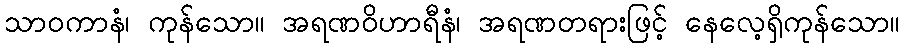
သာဝကာနံ၊ ကုန်သော။ အရဏဝိဟာရီနံ၊ အရဏတရားဖြင့် နေလေ့ရှိကုန်သော။